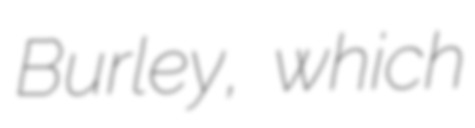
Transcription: Burley, which